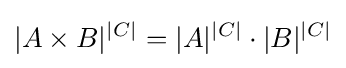
|A\times B|^{|C|}=|A|^{|C|}\cdot |B|^{|C|}